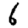
Digit: 6